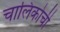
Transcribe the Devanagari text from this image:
चालिकोची